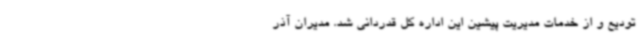
تودیع و از خدمات مدیریت پیشین این اداره کل قدردانی شد. مدیران آذر